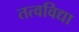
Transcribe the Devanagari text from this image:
तत्वविद्या